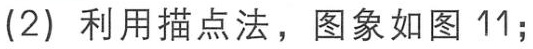
(2) 利用描点法，图象如图 11;